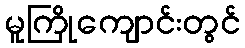
မူကြိုကျောင်းတွင်